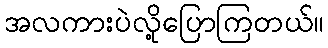
အလကားပဲလို့ပြောကြတယ်။